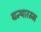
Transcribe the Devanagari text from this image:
ग्रन्थारम्भ